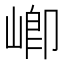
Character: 𭖻